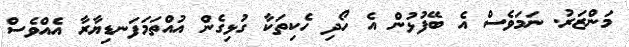
މަންޒަރު. ނަމަވެސް އެ ބޭފުޅުން އެ ހޯދި ހެކިތަކާ ގުޅިގެން އުއްތަމަފަނޑިޔާރާ އެއްވެސް